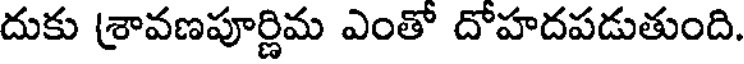
దుకు శ్రావణపూర్ణిమ ఎంతో దోహదపడుతుంది.